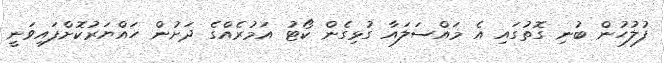
ފުލުހުން ބުނި ގޮތުގައި އެ މައްސަލައާ ގުޅިގެން ކޯޓު އަމުރެއްގެ ދަށުން ހައްޔަރުކޮށްފައިވަނީ